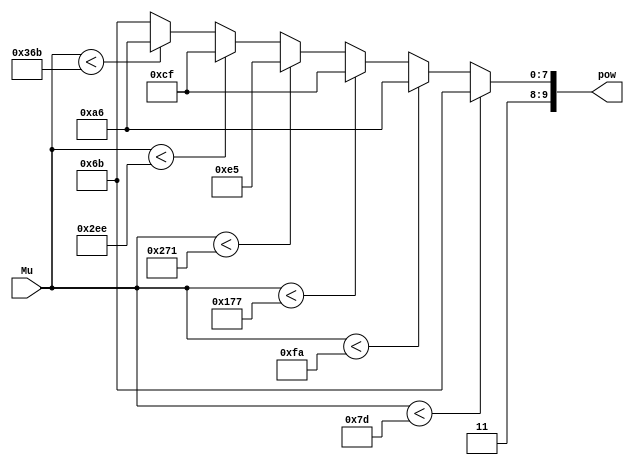
//
// Module Lab1_lib.Power2.flow
//
// Created:
//          by - amitnag.UNKNOWN (SHOHAM)
//          at - 14:39:08 11/30/2020
//
// Generated by Mentor Graphics' HDL Designer(TM) 2019.2 (Build 5)
//

`resetall
`timescale 1ns/10ps
module Power2( 
   // Port Declarations
   input   wire    [9:0]  Mu,   // mu between 0-1000 milli (0-1)
   output  reg     [9:0]  pow   // return answer for 2^(-((Mu-0.5)^2)), in milli!!
);


// Internal Declarations



/////////////////////////////////////////////////////////////////
// Flowchart process0
always @ (Mu)
begin : process0_flowchart_proc
   if ( Mu < 125) begin
       pow <= 875;
   end
   else if (Mu < 250) begin
       pow <= 934;
   end
   else if (Mu < 375) begin
       pow <= 975;
   end
   else if (Mu < 625) begin
       pow <=997;
   end
   else if (Mu < 750) begin
       pow <= 975;
   end
   else if (Mu < 875) begin
       pow <= 934;
   end
   else
   begin
       pow <= 875;
   end
end

endmodule // Power2